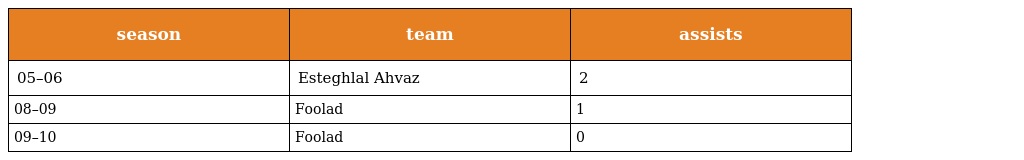
| season | team | assists |
 | --- | --- | --- |
 | 05–06 | Esteghlal Ahvaz | 2 |
 | 08–09 | Foolad | 1 |
 | 09–10 | Foolad | 0 |